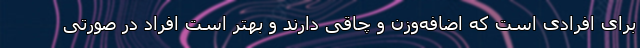
برای افرادی است که اضافه‌وزن و چاقی دارند و بهتر است افراد در صورتی